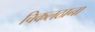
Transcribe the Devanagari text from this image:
चिकलठाना